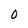
Character: 0